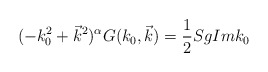
\begin{align*}(-k_0^2+\vec{k}^2)^\alpha G(k_0,\vec{k})=\frac{1}{2}Sg Im k_0\end{align*}